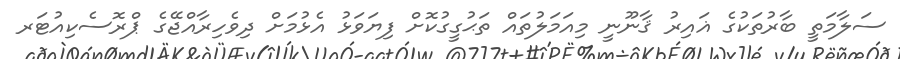
ސަލާމަތީ ބާރުތަކުގެ ޣައިރު ޤާނޫނީ މިއަމަލުތައް ތަޙުގީގުކޮށް ފިޔަވަޅު އެޅުމަށް ދިވެހިރާއްޖޭގެ ޕްރޮސެކިއުޓަރ